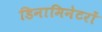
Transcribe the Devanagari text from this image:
डिनामिनेटरों